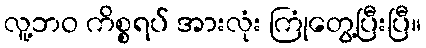
လူ့ဘဝ ကိစ္စရပ် အားလုံး ကြုံတွေ့ပြီးပြီ။